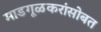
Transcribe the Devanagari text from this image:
माडगूळकरांसोबत